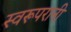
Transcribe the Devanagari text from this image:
स्वरूपरानी